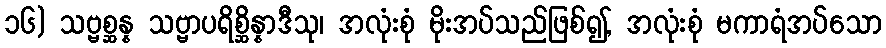
၁၆) သဗ္ဗစ္ဆန္န သဗ္ဗာပရိစ္ဆိန္နာဒီသု၊ အလုံးစုံ မိုးအပ်သည်ဖြစ်၍, အလုံးစုံ မကာရံအပ်သော